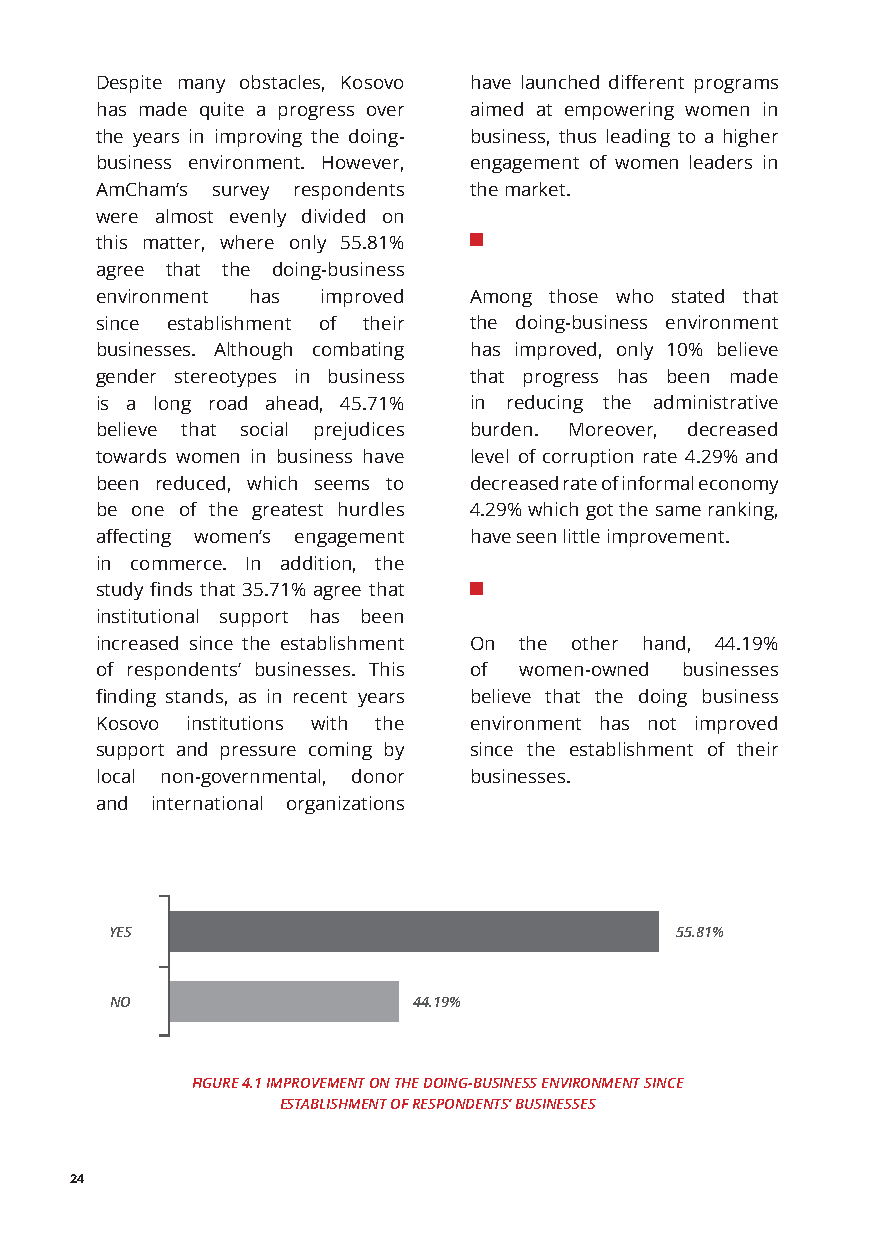
Despite many obstacles, Kosovo have launched different programs
 has made quite a progress over aimed at empowering women in
 the years in improving the doing- business, thus leading to a higher
 business environment. However, engagement of women leaders in
 AmCham’s survey respondents the market.
 were almost evenly divided on
 this matter, where only 55.81%
 agree that the doing-business
 environment has improved Among those who stated that
 since establishment of their the doing-business environment
 businesses. Although combating has improved, only 10% believe
 gender stereotypes in business that progress has been made
 is a long road ahead, 45.71% in reducing the administrative
 believe that social prejudices burden. Moreover, decreased
 towards women in business have level of corruption rate 4.29% and
 been reduced, which seems to decreased rate of informal economy
 be one of the greatest hurdles 4.29% which got the same ranking,
 affecting women’s engagement have seen little improvement.
 in commerce. In addition, the
 study finds that 35.71% agree that
 institutional support has been
 increased since the establishment On the other hand, 44.19%
 of respondents’ businesses. This of women-owned businesses
 finding stands, as in recent years believe that the doing business
 Kosovo institutions with the environment has not improved
 support and pressure coming by since the establishment of their
 local non-governmental, donor businesses.
 and international organizations
 YES                                   55.81%
 NO                  44.19%
 FIGURE 4.1 IMPROVEMENT ON THE DOING-BUSINESS ENVIRONMENT SINCE
 ESTABLISHMENT OF RESPONDENTS’ BUSINESSES
 24